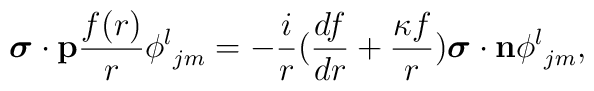
{{\mbox{\boldmath $\sigma$}}\cdot{\bf p}}{f(r)\over r}{\phi^l}_{jm}=-{i\over r}({df\over dr}+{\kappa f\over r}){{\mbox{\boldmath $\sigma$}}\cdot{\bf n}}{\phi^l}_{jm},